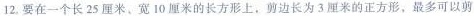
12.要在一个长25厘米、宽10厘米的长方形上，剪边长为3厘米的正方形，最多可以剪